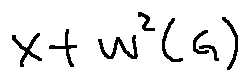
x + w ^ { 2 } ( G )